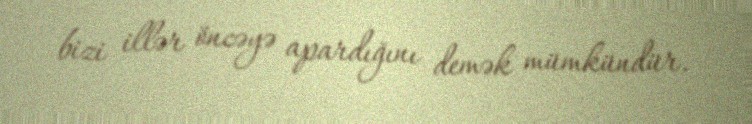
bizi illər öncəyə apardığını demək mümkündür.